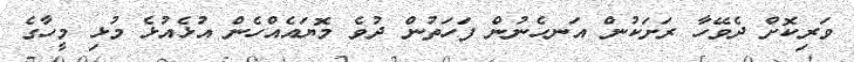
ވަރިކޮށް ދެވޭހާ ރަށަކުން އަނހެނުން ފަހަތުން ދުވެ މޮޔައެއްހެން އުޅެއުޅެ މުޅި މީހާގެ